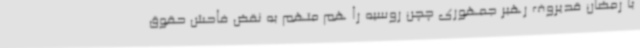
با رمضان قدیروف رهبر جمهوری چچن روسیه را هم متهم به نقض فاحش حقوق